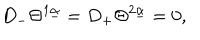
LaTeX: { D } _ { - } \Theta ^ { 1 \underline { { \alpha } } } = { D } _ { + } \Theta ^ { 2 \underline { { \alpha } } } = 0 ,